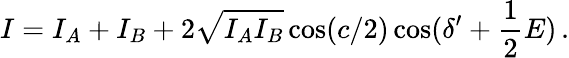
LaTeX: I=I_{A}+I_{B}+2\sqrt{I_{A}I_{B}}\cos(c/2)\cos(\delta^{\prime}+\frac{1}{2}E)\, .